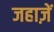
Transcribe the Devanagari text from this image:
जहाज़ें